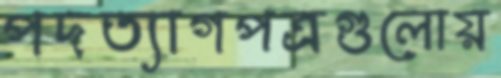
পদত্যাগপত্রগুলোয়